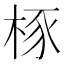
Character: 㭬